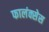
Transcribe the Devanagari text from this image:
फालंक्सेस